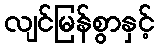
လျင်မြန်စွာနှင့်